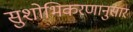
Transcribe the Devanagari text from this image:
सुशोभिकरणानुसार